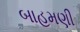
બાહમણી